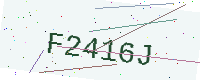
Text: F2416J